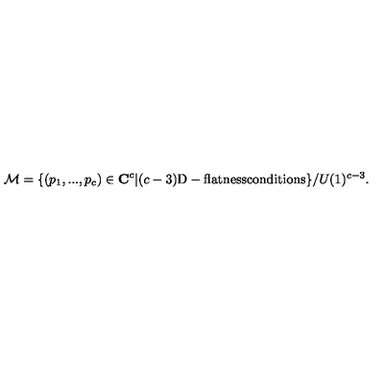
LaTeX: { \cal M } = \{ ( p _ { 1 } , . . . , p _ { c } ) \in { \bf C } ^ { c } | ( c - 3 ) \mathrm { D - f l a t n e s s c o n d i t i o n s } \} / U ( 1 ) ^ { c - 3 } .